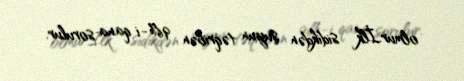
olmur.İlk sidikdən suyun təqribən 96%-i qana sorulur.